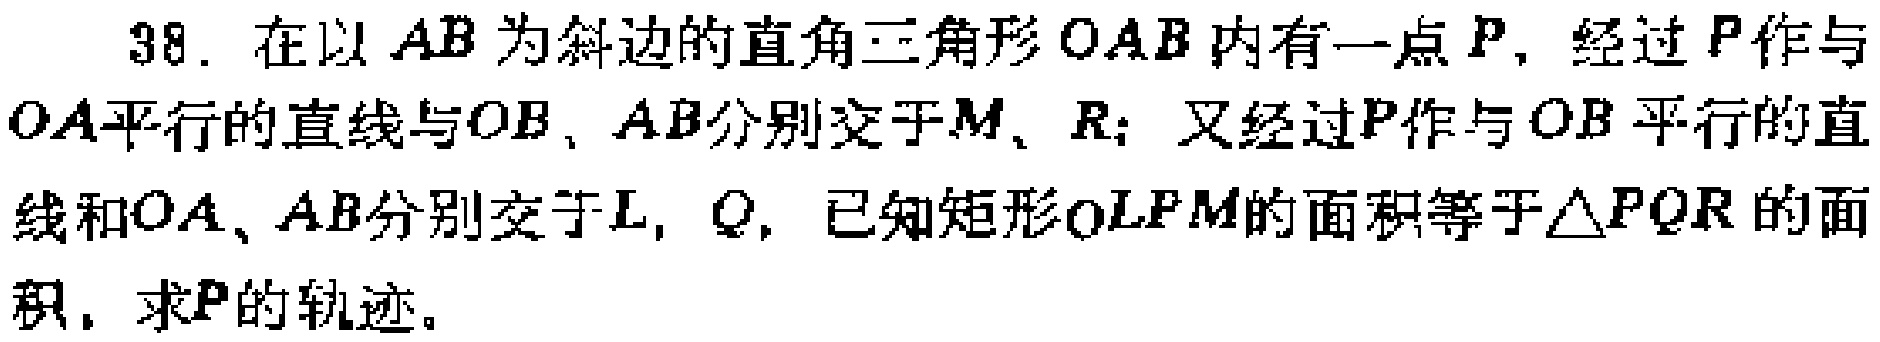
38. 在以 \(AB\) 为斜边的直角三角形 \(OAB\) 内有一点 \(P\)，经过 \(P\) 作与 \(OA\) 平行的直线与 \(OB\)、\(AB\) 分别交于 \(M\)、\(R\)；又经过 \(P\) 作与 \(OB\) 平行的直线和 \(OA\)、\(AB\) 分别交于 \(L\)，\(Q\)，已知矩形 \(OLPM\) 的面积等于\(\triangle PQR\) 的面积，求 \(P\) 的轨迹。